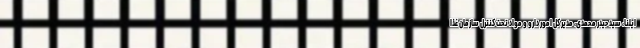
ایلنا، سید حیدر محمدی، مدیر کل امور دارو و مواد تحت کنترل سازمان غذا